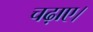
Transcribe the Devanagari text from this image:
चढ़ाए।